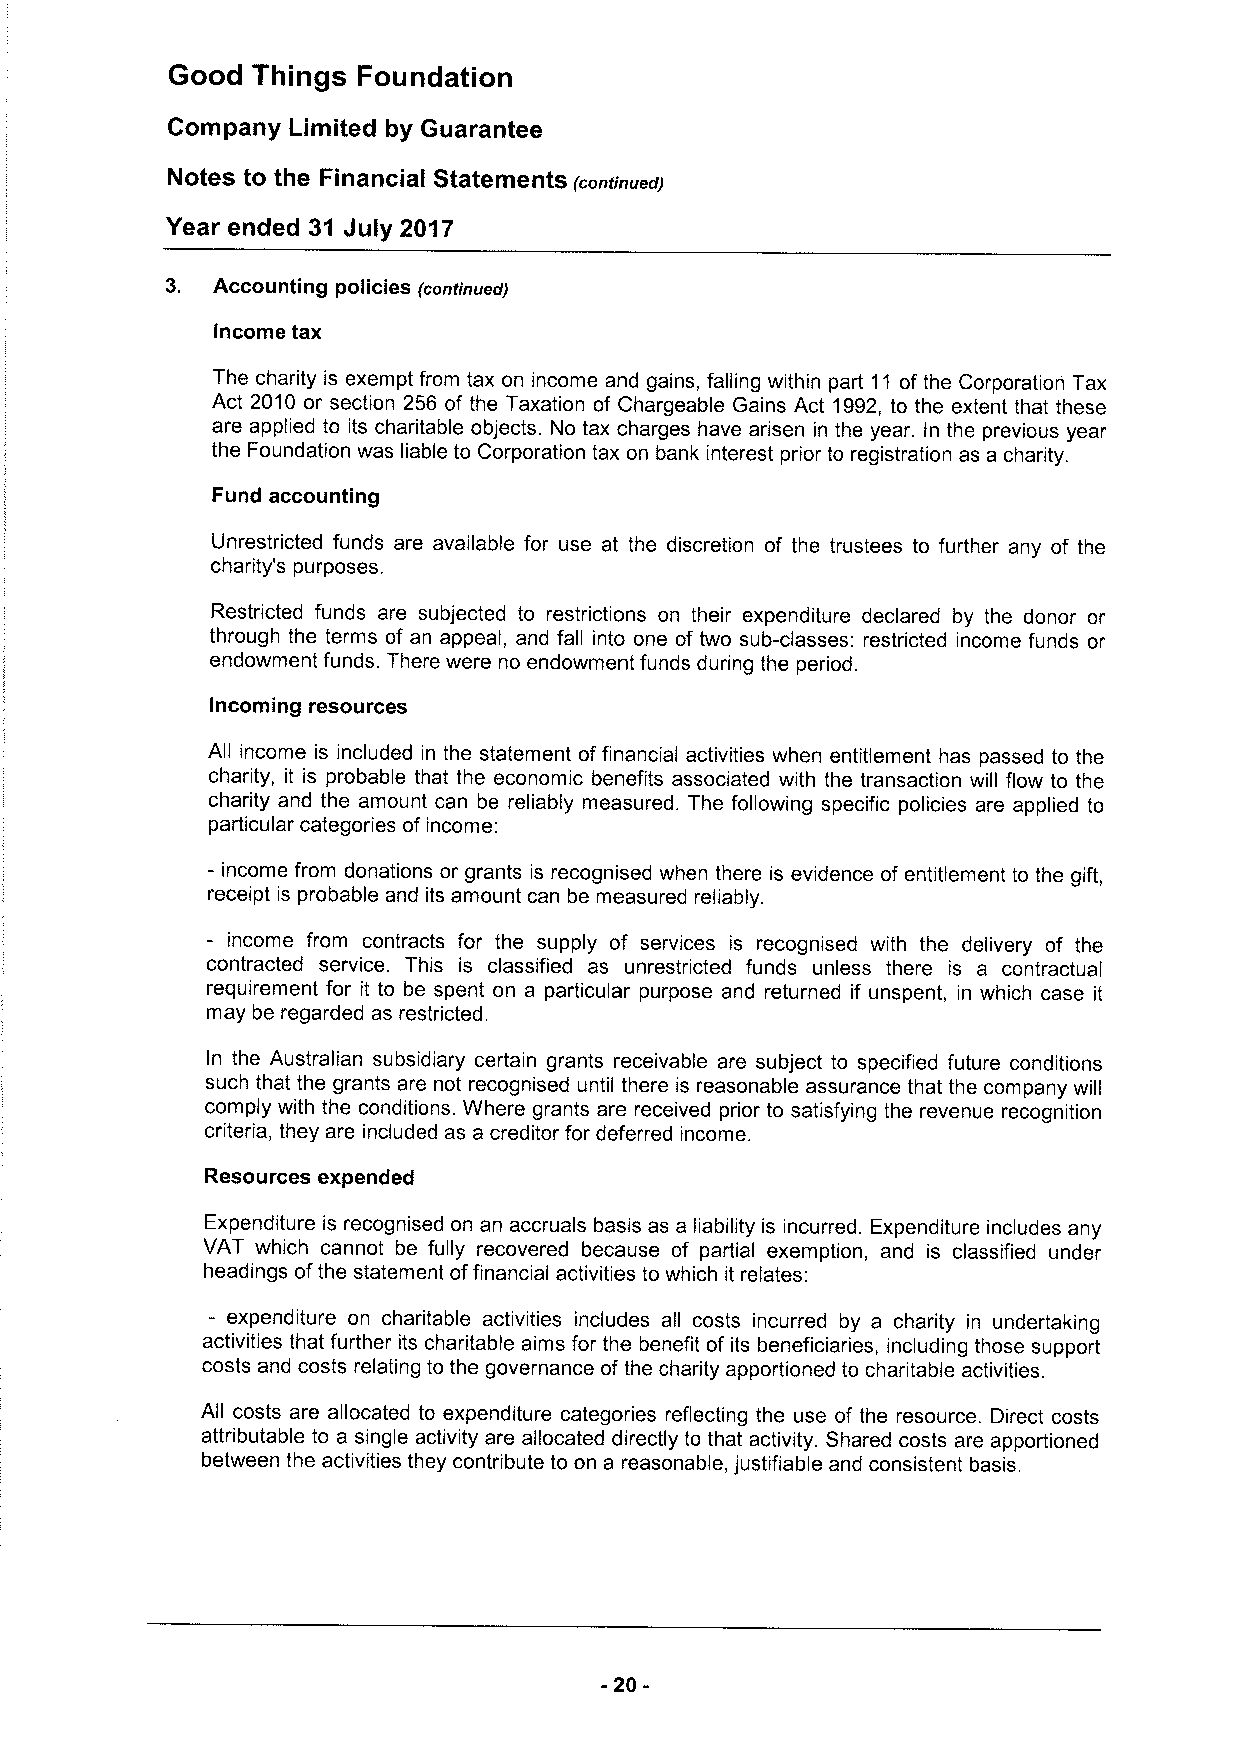
Good  Things Foundation
 Company Limited by Guarantee
 Notes to the Financial Statements
 (continued)
 Year ended 31 July 20'i7
 3. Accounting policies (continued)
 Income tax
 The charity is exempt from tax on income and gains, falling within part 11 of the Corporation Tax
 Act 2010 or section 256 of the Taxation of Chargeable Gains Act 1992, to the extent that these
 are applied to its charitable objects. No tax charges have arisen in the year. In the previous year
 the Foundation was liable to Corporation tax on bank interest prior to registration as a charity.
 Fund accounting
 Unrestricted funds are available for use at the discretion of the trustees to further any of the
 charity's purposes.
 Restricted funds are subjected to restrictions on their expenditure declared by the donor or
 through the terms of an appeal, and fall into one of two sub-classes: restricted income funds or
 endowment funds. There were no endowment funds during the period.
 Incoming resources
 All income is included in the statement offinancial activities when entitlement has passed to the
 charity, it is probable that the economic benefits associated with the transaction will flow to the
 charity and the amount can be reliably measured. The following specific policies are applied to
 particular categories of income:
 —income from donations or grants is recognised when there is evidence of entitlement to the gift,
 receipt is probable and its amount can be measured reliably.
 — income from contracts for the supply of services is recognised with the delivery of the
 contracted service. This is classified as unrestricted funds unless there is a contractual
 requirement for it to be spent on a particular purpose and returned if unspent, in which case it
 may be regarded as restricted.
 In the Australian subsidiary certain grants receivable are subject to specified future conditions
 such that the grants are not recognised until there is reasonable assurance that the company will
 comply with the conditions. Where grants are received prior to satisfying the revenue recognition
 criteria, they are included as a creditor for deferred income.
 Resources expended
 Expenditure is recognised on an accruals basis as a liability is incurred. Expenditure includes any
 VAT which cannot be fully recovered because of partial exemption, and is classified under
 headings ofthe statement offinancial activities to which it relates:
 - expenditure on charitable activities includes all costs incurred by a charity in undertaking
 activities that further its charitable aims for the benefit of its beneficiaries, including those support
 costs and costs relating to the governance ofthe charity apportioned to charitable activities.
 All costs are allocated to expenditure categories reflecting the use of the resource. Direct costs
 attributable to a single activity are allocated directly to that activity. Shared costs are apportioned
 between the activities they contribute to on a reasonable, justifiable and consistent basis.
 -20-